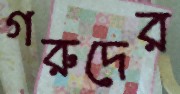
গরুদের